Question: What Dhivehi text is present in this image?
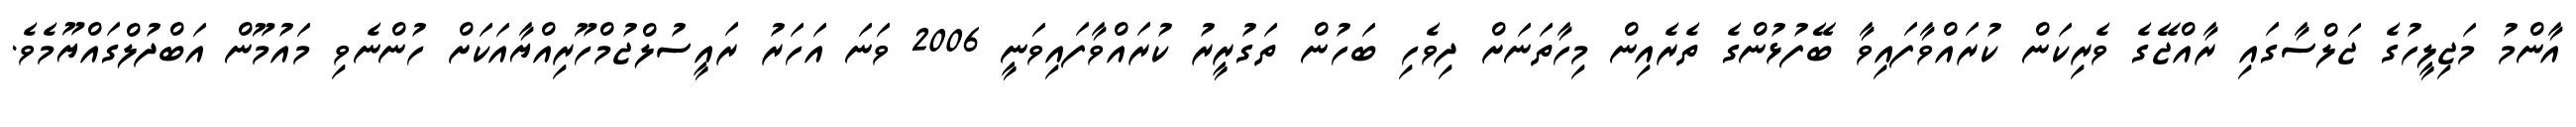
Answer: އާންމު މަޖިލީހުގެ ޖަލްސާގައި ރާއްޖޭގެ ވެރިކަން ކުރައްވާފައިވާ ބޭފުޅުންގެ ތެރެއިން މިހާތަނަށް ދިވެހި ބަހުން ތަގުރީރު ކުރައްވާފައިވަނީ 2006 ވަނަ އަހަރު ރައީސުލްޖުމްހޫރިއްޔާއަކަށް ހުންނެވި މައުމޫން އަބްދުލްގައްޔޫމެވެ.